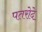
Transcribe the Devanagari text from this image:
पतरोदे